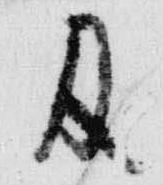
及